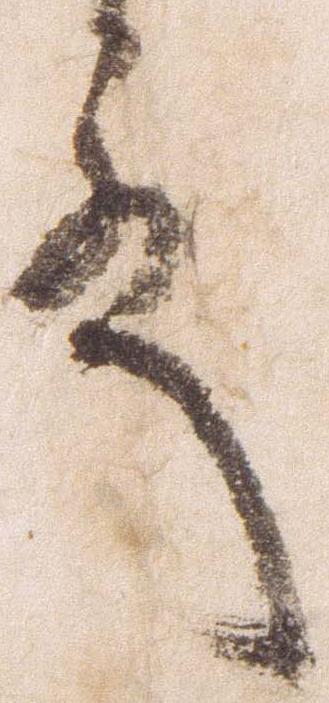
殿